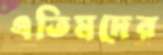
এতিমদের